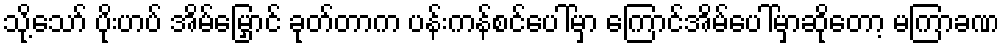
သို့သော် ပိုးဟပ် အိမ်မြှောင် ခုတ်တာက ပန်းကန်စင်ပေါ်မှာ ကြောင်အိမ်ပေါ်မှာဆိုတော့ မကြာခဏ